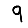
Digit: 9